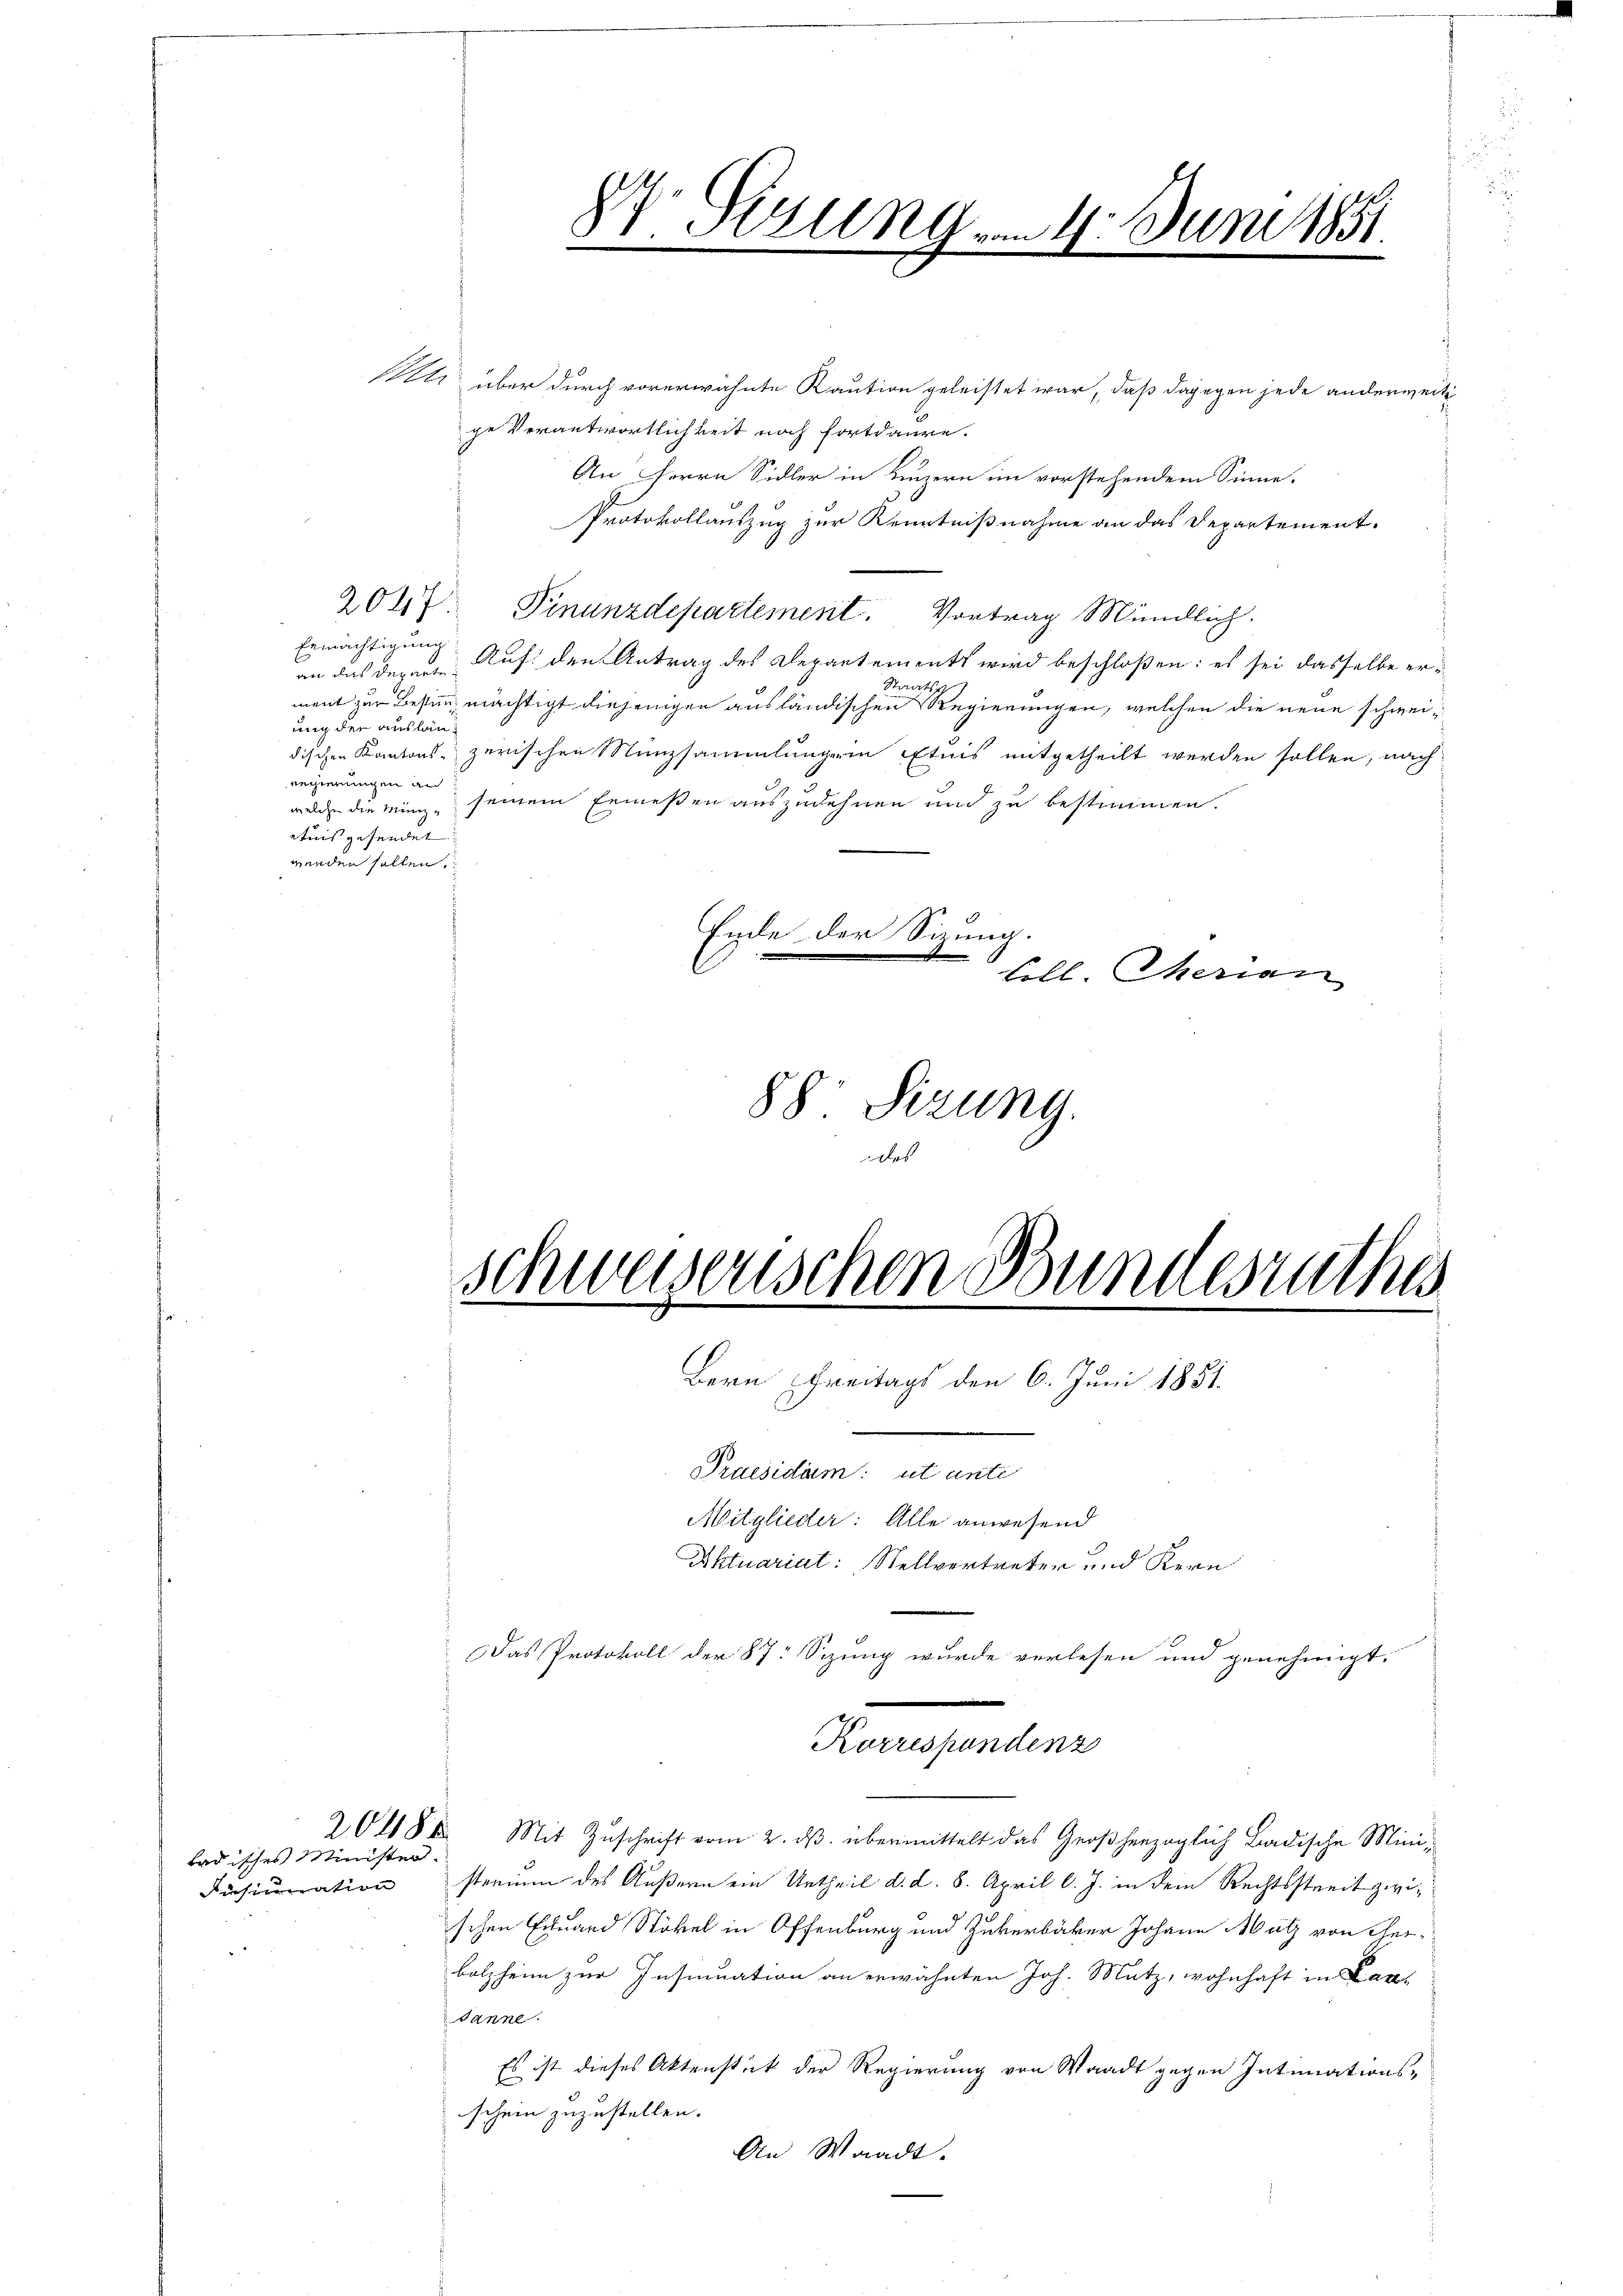
Ste über durch vorerwähnte Kaution geleistet war, daß dagegen jede anderweite
ge Verantwortlichkeit noch fortdaure.
An Herrn Sidler in Luzern im vorstehendem Sinne.
Protokollauszug zur Kenntnißnahme an das Departement.
2047. Finanzdepartement. Vortrag Mündlich.
an das derente Auf den Antrag des Departements wird beschloßen: es sei dasselbe er¬
Staats
ment zur Bestimächtigt diejenigen ausländischen Regierungen, welchen die neue schweiung der ausländischen Kantons- zerischen Münzsammlungerin Etnis mitgetheilt werden sollen, nach
Regierungen an
welche die mien seinem Ermeßen auszudehnen und zu bestimmen.
ntnis gesendet
werden sollen.
Ende der Sizung.

Ermächtigung

Disimmation

Badisches Minister.

88 Sizung.

84 Gizung 4. Juni 1851.
e
.

till. Theran

schweiserischen Bundesrathes
Bern Freitags den 6. Juni 1851.

Mitglieder: Alle anwesend
Aktuariat: Stellvertreten und Kern

Karrespondenz

Praesidum: ut ante
Das Protokoll der 87: Sizung wurde verlesen und genehmigt.
2048. Mit Zŭschrift vom 2. dβ übermittelt das Großherzoglich Badische Ministreinen des Äußern ein Urtheil d. d. 8. April l. J. in dem Rechtsstreit zwischen Eduard Stöckel in Offenburg und Zukerbäcker Johann Malz von Theibolzheim zur Insinuation an erwähnten Joh. Mutz, wohnhaft in Lan-
Wanne.
Es ist dieses Aktenstück der Regierung von Waadt gegen Intimations-
schein zuzustellen.
An Waadt.